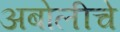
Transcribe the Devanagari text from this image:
अबोलीचे